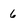
Character: 6